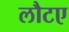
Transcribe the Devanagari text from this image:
लौटए